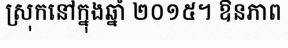
ស្រុកនៅក្នុងឆ្នាំ ២០១៥។ ឱនភាព